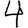
Digit: 4